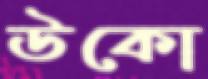
উকো